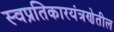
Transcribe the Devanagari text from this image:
स्वप्रतिकारयंत्रणेतील